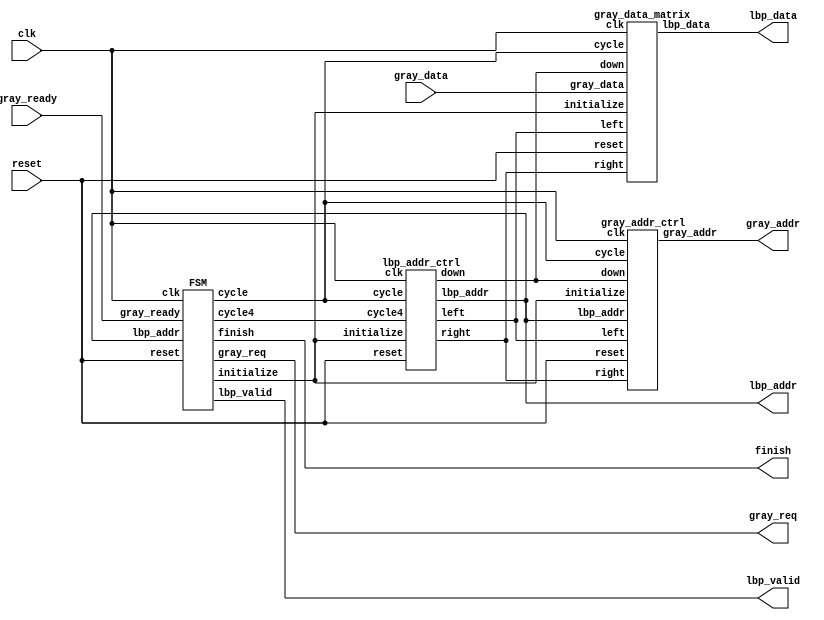
module LBP ( clk, reset, gray_addr, gray_req, gray_ready, gray_data, lbp_addr, lbp_valid, lbp_data, finish);
    input   	clk;
    input   	reset;
    output  [13:0] 	gray_addr;
    output         	gray_req;
    input   	    gray_ready;
    input   [7:0] 	gray_data;
    output  [13:0] 	lbp_addr;
    output  	    lbp_valid;
    output  [7:0] 	lbp_data;
    output  	    finish;

    //====================================================================
    wire cycle4, initialize, right, down, left;
    wire [3:0]cycle;
    FSM fsm(clk, reset, gray_ready, lbp_addr, lbp_valid, gray_req, finish, cycle, cycle4, initialize);
    gray_addr_ctrl gray_addr_ctrl(clk, reset, gray_addr, lbp_addr, cycle, right, down, left, initialize);
    lbp_addr_ctrl lbp_addr_ctrl(clk, reset, lbp_addr, cycle, cycle4, right, down, left, initialize);
    gray_data_matrix gray_data_matrix(clk, reset, gray_data, lbp_data, right, down, left, initialize, cycle);
    //====================================================================
endmodule


module FSM(clk, reset, gray_ready, lbp_addr, lbp_valid, gray_req, finish, cycle, cycle4, initialize);
    input clk, reset, gray_ready;
    input [13:0]lbp_addr;
    output lbp_valid, finish, cycle4, initialize, gray_req;
    output reg [3:0]cycle;
    reg [1:0]cs, ns;

    always @(*) begin
    case(cs)
        2'd0: ns = (gray_ready) ? 2'd1 : 2'd0;
        2'd1: ns = (cycle == 4'd9) ? 2'd2 : 2'd1;
        2'd2: ns = (lbp_addr == 14'b11111100000001) ? 2'd3 : 2'd2;
        default: ns = 2'd3;
    endcase
    end
    always @(posedge clk or posedge reset) begin
    if (reset) begin
        cs <= 2'd0;
    end
    else begin
        cs <= ns;
    end
    end
    assign initialize = (cs == 2'd1);
    assign cycle4 = (cs == 2'd2);
    assign finish = (cs == 2'd3);
    assign lbp_valid = (cycle4 && cycle == 4'd0) & ~initialize;
    assign gray_req = ((initialize & ~(cycle == 4'd0)) | cycle4) & ~lbp_valid;

    always @(posedge clk or posedge reset) begin
    if (reset) begin
        cycle <= 4'd0;
    end
    else if (initialize) begin
        cycle <= (cycle == 4'd9) ? 4'd0 : cycle + 1'd1;
    end
    else if (cycle4) begin
        cycle <= (cycle == 4'd3) ? 4'd0 : cycle + 1'd1;
    end
    end

endmodule


module gray_data_matrix(clk, reset, gray_data, lbp_data, right, down, left, initialize, cycle);
    input clk, reset;
    input right, down, left, initialize;
    input [3:0]cycle;
    input [7:0]gray_data;
    output [7:0]lbp_data;
    reg [7:0]g7, g6, g5, g4, g3, g2, g1, g0, gc;


    assign lbp_data[7] = (g7 >= gc);
    assign lbp_data[6] = (g6 >= gc);
    assign lbp_data[5] = (g5 >= gc);
    assign lbp_data[4] = (g4 >= gc);
    assign lbp_data[3] = (g3 >= gc);
    assign lbp_data[2] = (g2 >= gc);
    assign lbp_data[1] = (g1 >= gc);
    assign lbp_data[0] = (g0 >= gc);

    always @(posedge clk or posedge reset) begin
    if (reset) begin
        g0 <= 8'd0; g1 <= 8'd0; g2 <= 8'd0;
        g3 <= 8'd0; gc <= 8'd0; g4 <= 8'd0;
        g5 <= 8'd0; g6 <= 8'd0; g7 <= 8'd0;
    end
    else if (initialize) begin
        g0 <= g1; g1 <= g2; g2 <= g3;
        g3 <= gc; gc <= g4; g4 <= g5;
        g5 <= g6; g6 <= g7; g7 <= gray_data;
    end
    else if (right) begin
        g0 <= (cycle == 4'd1) ? g1 : g0; g1 <= (cycle == 4'd1) ? g2 : g1; g2 <= (cycle == 4'd1) ? gray_data : g2;
        g3 <= (cycle == 4'd2) ? gc : g3; gc <= (cycle == 4'd2) ? g4 : gc; g4 <= (cycle == 4'd2) ? gray_data : g4;
        g5 <= (cycle == 4'd3) ? g6 : g5; g6 <= (cycle == 4'd3) ? g7 : g6; g7 <= (cycle == 4'd3) ? gray_data : g7;
    end
    else if (down) begin
        g0 <= (cycle == 4'd1) ? g3 : g0;        g1 <= (cycle == 4'd2) ? gc : g1;        g2 <= (cycle == 4'd3) ? g4 : g2;
        g3 <= (cycle == 4'd1) ? g5 : g3;        gc <= (cycle == 4'd2) ? g6 : gc;        g4 <= (cycle == 4'd3) ? g7 : g4;
        g5 <= (cycle == 4'd1) ? gray_data : g5; g6 <= (cycle == 4'd2) ? gray_data : g6; g7 <= (cycle == 4'd3) ? gray_data : g7;
    end
    else if (left) begin
        g0 <= (cycle == 4'd1) ? gray_data : g0; g1 <= (cycle == 4'd1) ? g0 : g1; g2 <= (cycle == 4'd1) ? g1 : g2;
        g3 <= (cycle == 4'd2) ? gray_data : g3; gc <= (cycle == 4'd2) ? g3 : gc; g4 <= (cycle == 4'd2) ? gc : g4;
        g5 <= (cycle == 4'd3) ? gray_data : g5; g6 <= (cycle == 4'd3) ? g5 : g6; g7 <= (cycle == 4'd3) ? g6 : g7;
    end
    else begin
        g0 <= g0; g1 <= g1; g2 <= g2;
        g3 <= g3; gc <= gc; g4 <= g4;
        g5 <= g5; g6 <= g6; g7 <= g7;
    end
    end

endmodule


module lbp_addr_ctrl(clk, reset, lbp_addr, cycle, cycle4, right, down, left, initialize);
    input clk, reset;
    input initialize, cycle4;
    input [3:0]cycle;
    output right, down, left;
    output [13:0] lbp_addr;
    reg [6:0] lbp_addr_row, lbp_addr_col;

    assign lbp_addr = {lbp_addr_row, lbp_addr_col};
    assign right = ((lbp_addr_col < 7'd126) && (lbp_addr_row[0] == 1'b1)) & ~initialize & cycle4;
    assign left = (lbp_addr_col > 7'd1) && (lbp_addr_row[0] == 1'b0);
    assign down = (lbp_addr_col == 7'd1 || lbp_addr_col == 7'd126) & ~right & ~left & ~initialize; //CHECK THIS ONE

    always @(posedge clk or posedge reset) begin
    if (reset) begin
        lbp_addr_row <= 7'd1;
        lbp_addr_col <= 7'd0;
    end
    else if (initialize && cycle == 4'd8) begin
        lbp_addr_row <= lbp_addr_row;
        lbp_addr_col <= lbp_addr_col + 1'd1;
    end
    else if (right && cycle == 4'd3) begin
        lbp_addr_row <= lbp_addr_row;
        lbp_addr_col <= lbp_addr_col + 1'd1;
    end
    else if (left && cycle == 4'd3) begin
        lbp_addr_row <= lbp_addr_row;
        lbp_addr_col <= lbp_addr_col - 1'd1;
    end
    else if (down && cycle == 4'd3) begin
        lbp_addr_row <= lbp_addr_row + 1'd1;
        lbp_addr_col <= lbp_addr_col;
    end
    else begin
        lbp_addr_row <= lbp_addr_row;
        lbp_addr_col <= lbp_addr_col;
    end
    end

endmodule


module gray_addr_ctrl(clk, reset, gray_addr, lbp_addr, cycle, right, down, left, initialize);
    input clk, reset;
    input right, down, left, initialize;
    input [3:0]cycle;
    input [13:0]lbp_addr;

    output [13:0]gray_addr;

    wire [6:0]lbp_addr_row, lbp_addr_col;
    reg [6:0]gray_addr_row, gray_addr_col;
    reg [6:0]ini_gray_addr_row, ini_gray_addr_col;  //gray_addr in initialize mode


    assign gray_addr = {gray_addr_row, gray_addr_col};
    assign lbp_addr_row = lbp_addr[13:7];
    assign lbp_addr_col = lbp_addr[6:0];

    always @(*) begin  //gray_addr with corresponding cycle
    case(cycle)
        4'd0: begin
        ini_gray_addr_row = 7'd0;
        ini_gray_addr_col = 7'd0;
        end
        4'd1: begin
        ini_gray_addr_row = 7'd0;
        ini_gray_addr_col = 7'd1;
        end
        4'd2: begin
        ini_gray_addr_row = 7'd0;
        ini_gray_addr_col = 7'd2;
        end
        4'd3: begin
        ini_gray_addr_row = 7'd1;
        ini_gray_addr_col = 7'd0;
        end
        4'd4: begin
        ini_gray_addr_row = 7'd1;
        ini_gray_addr_col = 7'd1;
        end
        4'd5: begin
        ini_gray_addr_row = 7'd1;
        ini_gray_addr_col = 7'd2;
        end
        4'd6: begin
        ini_gray_addr_row = 7'd2;
        ini_gray_addr_col = 7'd0;
        end
        4'd7: begin
        ini_gray_addr_row = 7'd2;
        ini_gray_addr_col = 7'd1;
        end
        4'd8: begin
        ini_gray_addr_row = 7'd2;
        ini_gray_addr_col = 7'd2;
        end
        default: begin
        ini_gray_addr_row = 7'd2;
        ini_gray_addr_col = 7'd2;
        end
    endcase
    end


    always @(posedge clk or posedge reset) begin
    if (reset) begin
        gray_addr_row <= 7'd0;
        gray_addr_col <= 7'd0;
    end
    else if (initialize && cycle <= 4'd9) begin
        gray_addr_row <= ini_gray_addr_row;
        gray_addr_col <= ini_gray_addr_col;
    end
    else if (right && cycle < 4'd3) begin
        gray_addr_row <= lbp_addr_row - 1'd1 + cycle;
        gray_addr_col <= lbp_addr_col + 2'd2;
    end
    else if (down && cycle < 4'd3) begin
        gray_addr_row <= lbp_addr_row + 2'd2;
        gray_addr_col <= lbp_addr_col - 1'd1 + cycle;
    end
    else if (left && cycle < 4'd3) begin
        gray_addr_row <= lbp_addr_row - 1'd1 + cycle;
        gray_addr_col <= lbp_addr_col - 2'd2;
    end
    else begin
        gray_addr_row <= gray_addr_row;
        gray_addr_col <= gray_addr_col;
    end
    end

endmodule